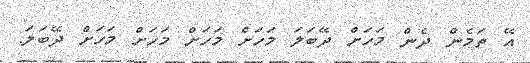
އޭ ތަމެން ދެން މަހަށް ދޭބަލަ މަހަށް މަހަށް މަހަށް މަހަށް ދޭބަލަ.